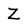
Character: Z